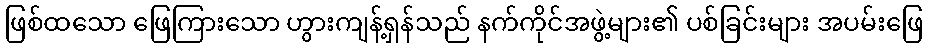
ဖြစ်ထသော ဖြေကြားသော ဟွားကျန့်ရှန်သည် နက်ကိုင်အဖွဲ့များ၏ ပစ်ခြင်းများ အပမ်းဖြေ